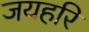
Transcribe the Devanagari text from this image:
जयहरि